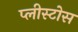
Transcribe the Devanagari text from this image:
प्लीस्टोस